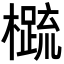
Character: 𬄼